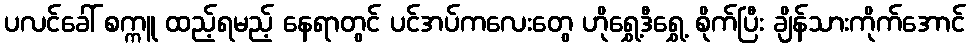
ပလင်ခေါ် စက္ကူ ထည့်ရမည့် နေရာတွင် ပင်အပ်ကလေးတွေ ဟိုရွှေ့ဒီရွှေ့ စိုက်ပြီး ချိန်သားကိုက်အောင်